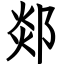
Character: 郯